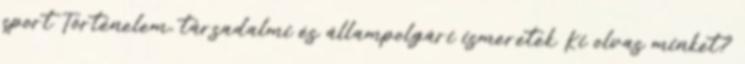
sport Történelem, társadalmi és állampolgári ismeretek Ki olvas minket?